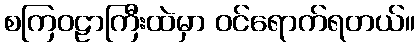
စကြဝဠာကြီးထဲမှာ ဝင်ရောက်ရတယ်။